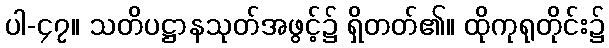
ပါ-၄၇။ သတိပဋ္ဌာနသုတ်အဖွင့်၌ ရှိတတ်၏။ ထိုကုရုတိုင်း၌